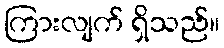
ကြားလျက် ရှိသည်။